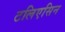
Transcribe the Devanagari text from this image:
टलिएसिन